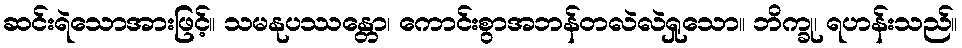
ဆင်းရဲသောအားဖြင့်။ သမနုပဿန္တော၊ ကောင်းစွာအဘန်တလဲလဲရှုသော။ ဘိက္ခု၊ ရဟန်းသည်။